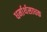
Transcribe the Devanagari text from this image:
धर्मार्थसाधक